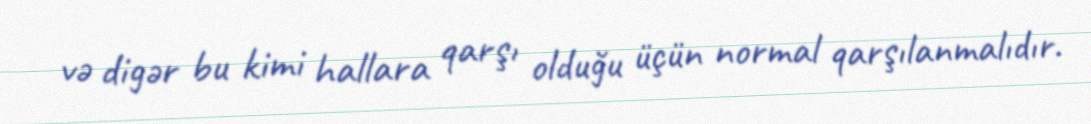
və digər bu kimi hallara qarşı olduğu üçün normal qarşılanmalıdır.